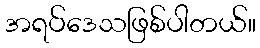
အရပ်ဒေသဖြစ်ပါတယ်။